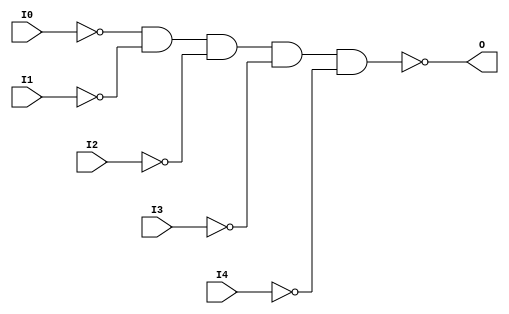

/*

FUNCTION	: 5-INPUT NAND GATE

*/

`timescale  100 ps / 10 ps

`celldefine

module NAND5B5 (O, I0, I1, I2, I3, I4);


    output O;

    input  I0, I1, I2, I3, I4;

    not N4 (i4_inv, I4);
    not N3 (i3_inv, I3);
    not N2 (i2_inv, I2);
    not N1 (i1_inv, I1);
    not N0 (i0_inv, I0);
    nand A1 (O, i0_inv, i1_inv, i2_inv, i3_inv, i4_inv);

    specify
	(I0 *> O) = (0, 0);
	(I1 *> O) = (0, 0);
	(I2 *> O) = (0, 0);
	(I3 *> O) = (0, 0);
	(I4 *> O) = (0, 0);
    endspecify

endmodule

`endcelldefine